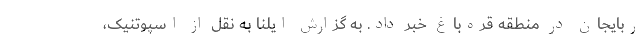
ربایجان در منطقه قره‌باغ خبر داد. به گزارش ایلنا به نقل از اسپوتنیک،